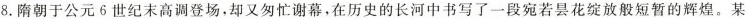
8. 隋朝于公元 6 世纪末高调登场，却又匆忙谢幕，在历史的长河中书写了一段宛若昙花绽放般短暂的辉煌。某